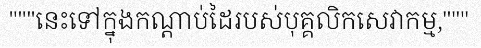
"""នេះទៅក្នុងកណ្តាប់ដៃរបស់បុគ្គលិកសេវាកម្ម,"""